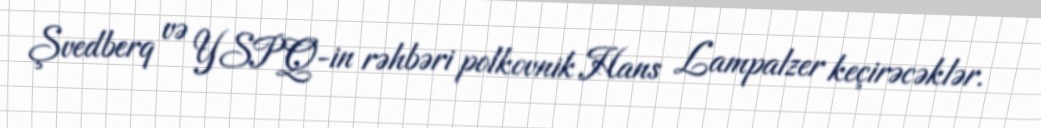
Şvedberq və YSPQ-in rəhbəri polkovnik Hans Lampalzer keçirəcəklər.